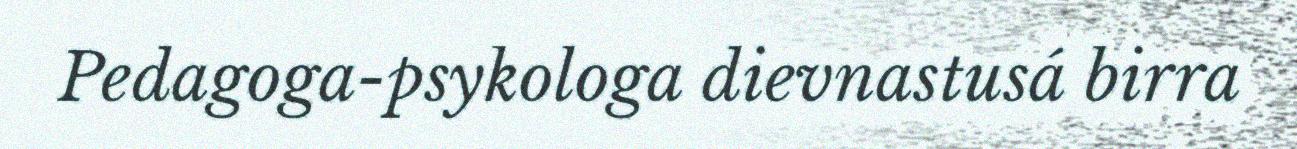
Pedagoga-psykologa dievnastusá birra